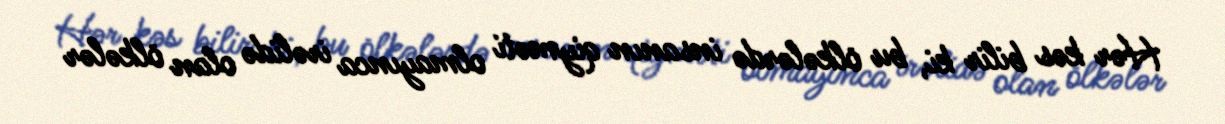
Hər kəs bilir ki, bu ölkələrdə insanın qiyməti olmayınca irəlidə olan ölkələr